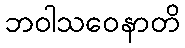
ဘဝါသဝေနာတိ